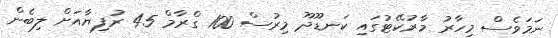
ނަމަވެސް މިހާރު މާރުކޭޓުގައި ކަނޑޫދޫ މިރުސް 100 ގްރާމް 45 ރުފިޔާއަށް ލިބެން